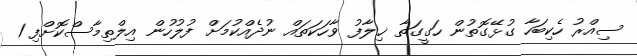
ސިއްރު ހެކިބަހާ ގުޅޭގޮތުން ހަގީގަތާ ޚިލާފު ވާހަކަތައް ނުދެއްކުމަށް ފުލުހުން އިލްތިމާސްކޮށްފި 1